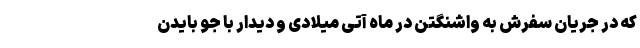
که در جریان سفرش به واشنگتن در ماه آتی میلادی و دیدار با جو بایدن